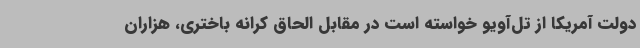
دولت آمریکا از تل‌آویو خواسته است در مقابل الحاق کرانه باختری، هزاران